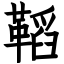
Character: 鞱